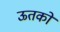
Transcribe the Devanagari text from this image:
ऊतको